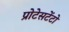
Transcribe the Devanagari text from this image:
प्रोटेसटेंटों